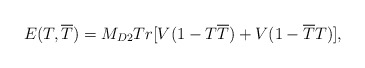
\begin{align*}E(T,\overline{T})=M_{D2}Tr[V(1-T\overline{T})+V(1-\overline{T}T)],\end{align*}